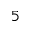
5